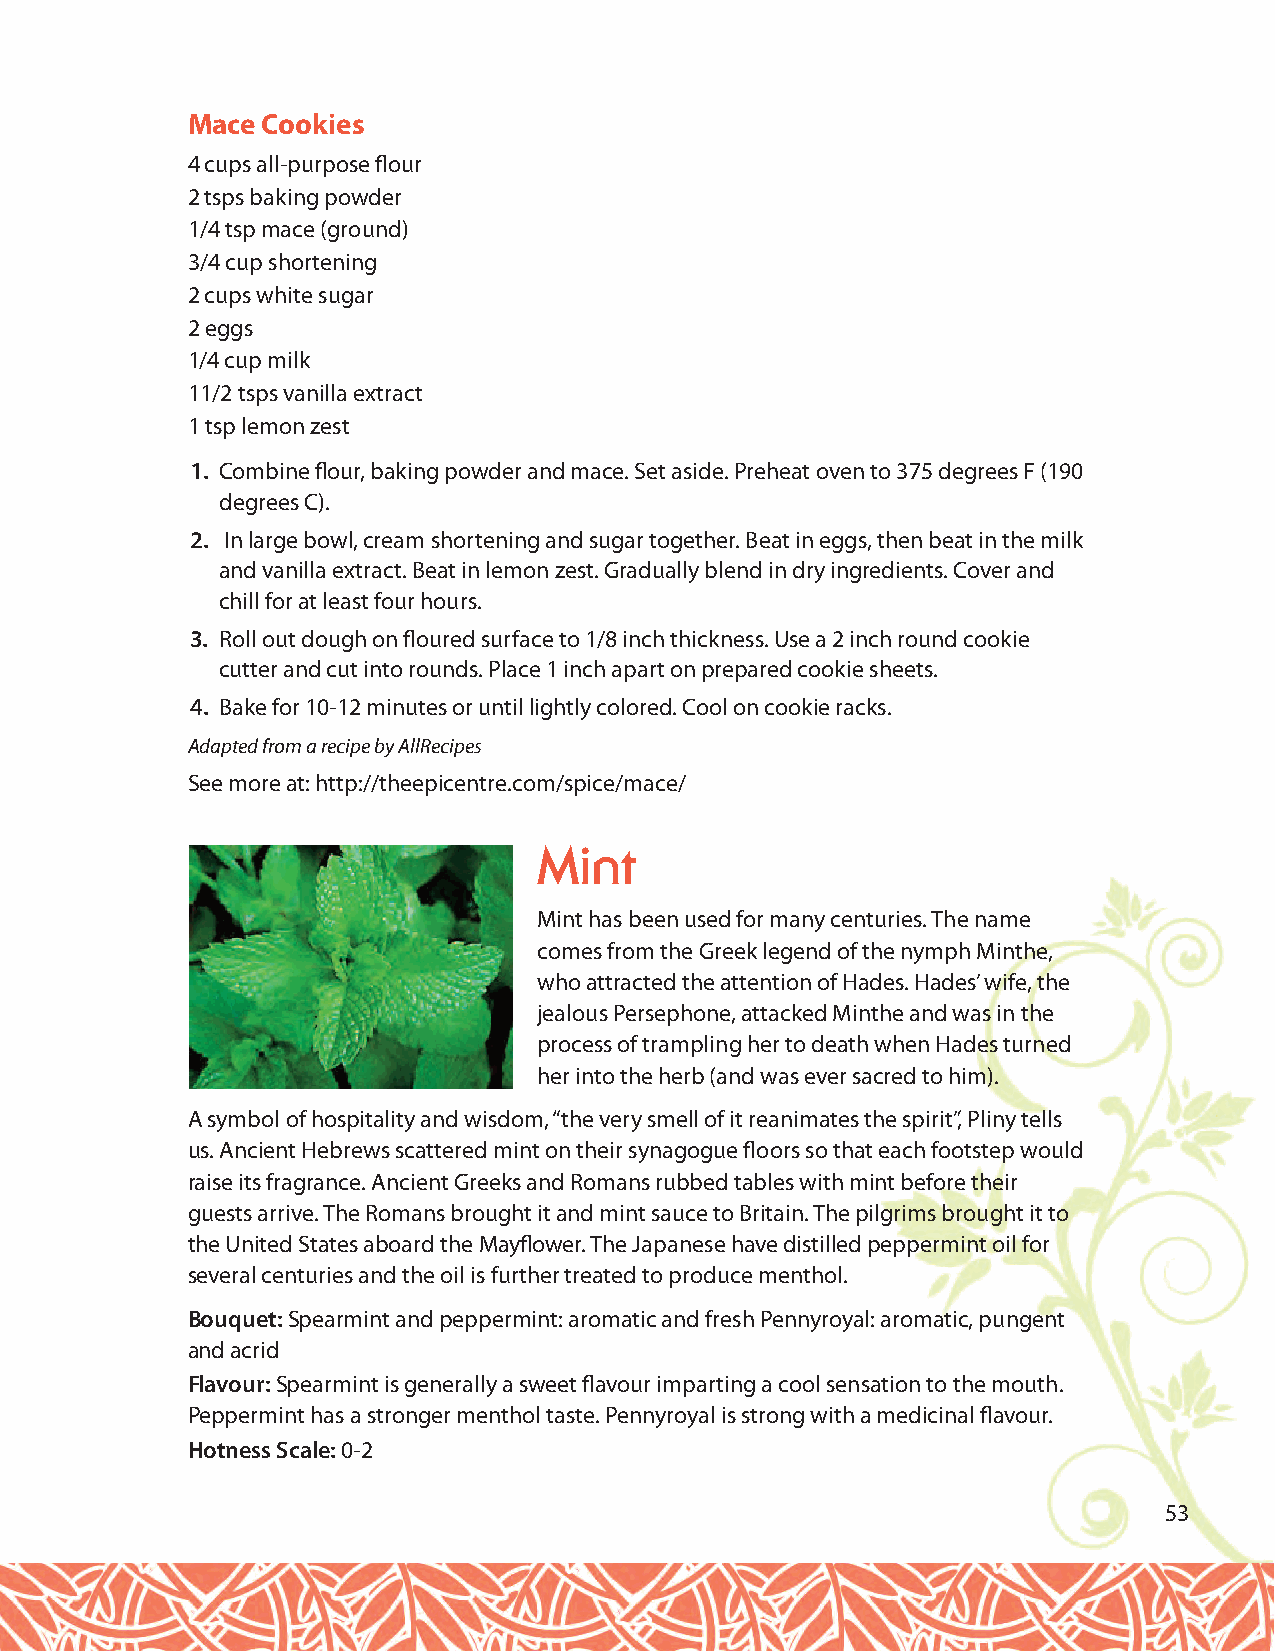
Mace Cookies
 4 cups all-purpose flour
 2 tsps baking powder
 1/4 tsp mace (ground)
 3/4 cup shortening
 2 cups white sugar
 2 eggs
 1/4 cup milk
 11/2 tsps vanilla extract
 1 tsp lemon zest
 1. Combine flour, baking powder and mace. Set aside. Preheat oven to 375 degrees F (190
 degrees C).
 2. In large bowl, cream shortening and sugar together. Beat in eggs, then beat in the milk
 and vanilla extract. Beat in lemon zest. Gradually blend in dry ingredients. Cover and
 chill for at least four hours.
 3. Roll out dough on floured surface to 1/8 inch thickness. Use a 2 inch round cookie
 cutter and cut into rounds. Place 1 inch apart on prepared cookie sheets.
 4. Bake for 10-12 minutes or until lightly colored. Cool on cookie racks.
 Adapted from a recipe by AllRecipes
 See more at: http://theepicentre.com/spice/mace/
 Mint
 Mint has been used for many centuries. The name
 comes from the Greek legend of the nymph Minthe,
 who attracted the attention of Hades. Hades’ wife, the
 jealous Persephone, attacked Minthe and was in the
 process of trampling her to death when Hades turned
 her into the herb (and was ever sacred to him).
 A symbol of hospitality and wisdom, “the very smell of it reanimates the spirit”, Pliny tells
 us. Ancient Hebrews scattered mint on their synagogue floors so that each footstep would
 raise its fragrance. Ancient Greeks and Romans rubbed tables with mint before their
 guests arrive. The Romans brought it and mint sauce to Britain. The pilgrims brought it to
 the United States aboard the Mayflower. The Japanese have distilled peppermint oil for
 several centuries and the oil is further treated to produce menthol.
 Bouquet: Spearmint and peppermint: aromatic and fresh Pennyroyal: aromatic, pungent
 and acrid
 Flavour:Spearmint is generally a sweet flavour imparting a cool sensation to the mouth.
 Peppermint has a stronger menthol taste. Pennyroyal is strong with a medicinal flavour.
 Hotness Scale: 0-2
 53